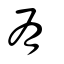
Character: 有